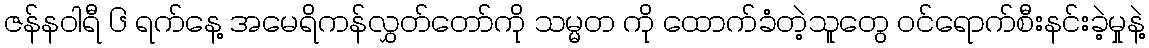
ဇန်နဝါရီ ၆ ရက်နေ့ အမေရိကန်လွှတ်တော်ကို သမ္မတ ကို ထောက်ခံတဲ့သူတွေ ဝင်ရောက်စီးနင်းခဲ့မှုနဲ့